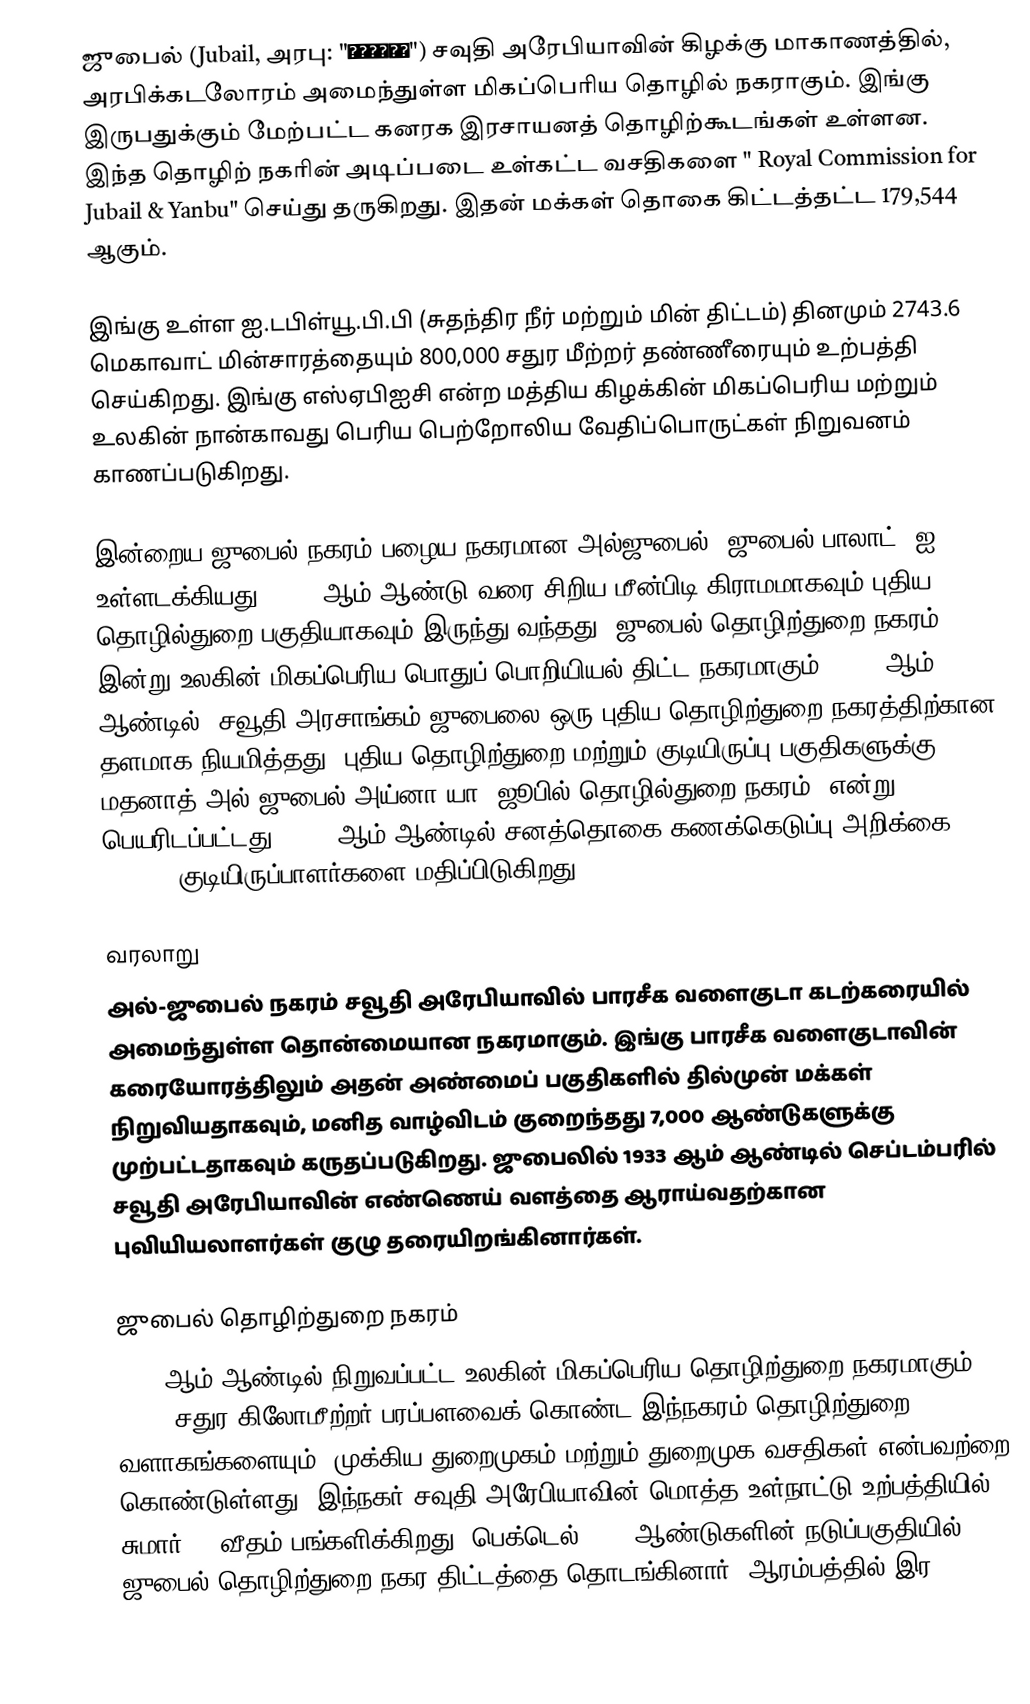
ஜுபைல் (Jubail, அரபு: "الجبيل") சவுதி அரேபியாவின் கிழக்கு மாகாணத்தில், அரபிக்கடலோரம் அமைந்துள்ள மிகப்பெரிய தொழில் நகராகும். இங்கு இருபதுக்கும் மேற்பட்ட கனரக இரசாயனத் தொழிற்கூடங்கள் உள்ளன. இந்த தொழிற் நகரின் அடிப்படை உள்கட்ட வசதிகளை " Royal Commission for Jubail & Yanbu" செய்து தருகிறது. இதன் மக்கள் தொகை கிட்டத்தட்ட 179,544 ஆகும்.

இங்கு உள்ள ஐ.டபிள்யூ.பி.பி (சுதந்திர நீர் மற்றும் மின் திட்டம்) தினமும் 2743.6 மெகாவாட் மின்சாரத்தையும் 800,000 சதுர மீற்றர் தண்ணீரையும் உற்பத்தி செய்கிறது. இங்கு எஸ்ஏபிஐசி என்ற மத்திய கிழக்கின் மிகப்பெரிய மற்றும் உலகின் நான்காவது பெரிய பெற்றோலிய வேதிப்பொருட்கள் நிறுவனம் காணப்படுகிறது.

இன்றைய ஜுபைல் நகரம் பழைய நகரமான அல்ஜுபைல்  (ஜுபைல் பாலாட்) ஐ உள்ளடக்கியது. 1975 ஆம் ஆண்டு வரை சிறிய மீன்பிடி கிராமமாகவும் புதிய தொழில்துறை பகுதியாகவும் இருந்து வந்தது. ஜுபைல் தொழிற்துறை நகரம் இன்று உலகின் மிகப்பெரிய பொதுப் பொறியியல் திட்ட நகரமாகும். 1975 ஆம் ஆண்டில், சவூதி அரசாங்கம் ஜுபைலை ஒரு புதிய தொழிற்துறை நகரத்திற்கான தளமாக நியமித்தது. புதிய தொழிற்துறை மற்றும் குடியிருப்பு பகுதிகளுக்கு மதனாத் அல் ஜுபைல் அய்னா யா (ஜூபில் தொழில்துறை நகரம்) என்று பெயரிடப்பட்டது. 2005 ஆம் ஆண்டில் சனத்தொகை கணக்கெடுப்பு அறிக்கை 224,430 குடியிருப்பாளர்களை மதிப்பிடுகிறது.

வரலாறு
அல்-ஜுபைல் நகரம் சவூதி அரேபியாவில் பாரசீக வளைகுடா கடற்கரையில் அமைந்துள்ள தொன்மையான நகரமாகும். இங்கு பாரசீக வளைகுடாவின் கரையோரத்திலும் அதன் அண்மைப் பகுதிகளில் தில்முன் மக்கள் நிறுவியதாகவும், மனித வாழ்விடம் குறைந்தது 7,000 ஆண்டுகளுக்கு முற்பட்டதாகவும் கருதப்படுகிறது. ஜுபைலில் 1933 ஆம் ஆண்டில் செப்டம்பரில் சவூதி அரேபியாவின் எண்ணெய் வளத்தை ஆராய்வதற்கான புவியியலாளர்கள் குழு தரையிறங்கினார்கள்.

ஜுபைல் தொழிற்துறை நகரம்
1975 ஆம் ஆண்டில் நிறுவப்பட்ட உலகின் மிகப்பெரிய தொழிற்துறை நகரமாகும். 1,016 சதுர கிலோமீற்றர் பரப்பளவைக் கொண்ட இந்நகரம் தொழிற்துறை வளாகங்களையும், முக்கிய துறைமுகம் மற்றும் துறைமுக வசதிகள் என்பவற்றை கொண்டுள்ளது. இந்நகர் சவுதி அரேபியாவின் மொத்த உள்நாட்டு உற்பத்தியில் சுமார் 7% வீதம் பங்களிக்கிறது. பெக்டெல் 1970 ஆண்டுகளின் நடுப்பகுதியில் ஜுபைல் தொழிற்துறை நகர திட்டத்தை தொடங்கினார். ஆரம்பத்தில் இர